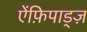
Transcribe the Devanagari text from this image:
ऐंफ़िपाड्ज़